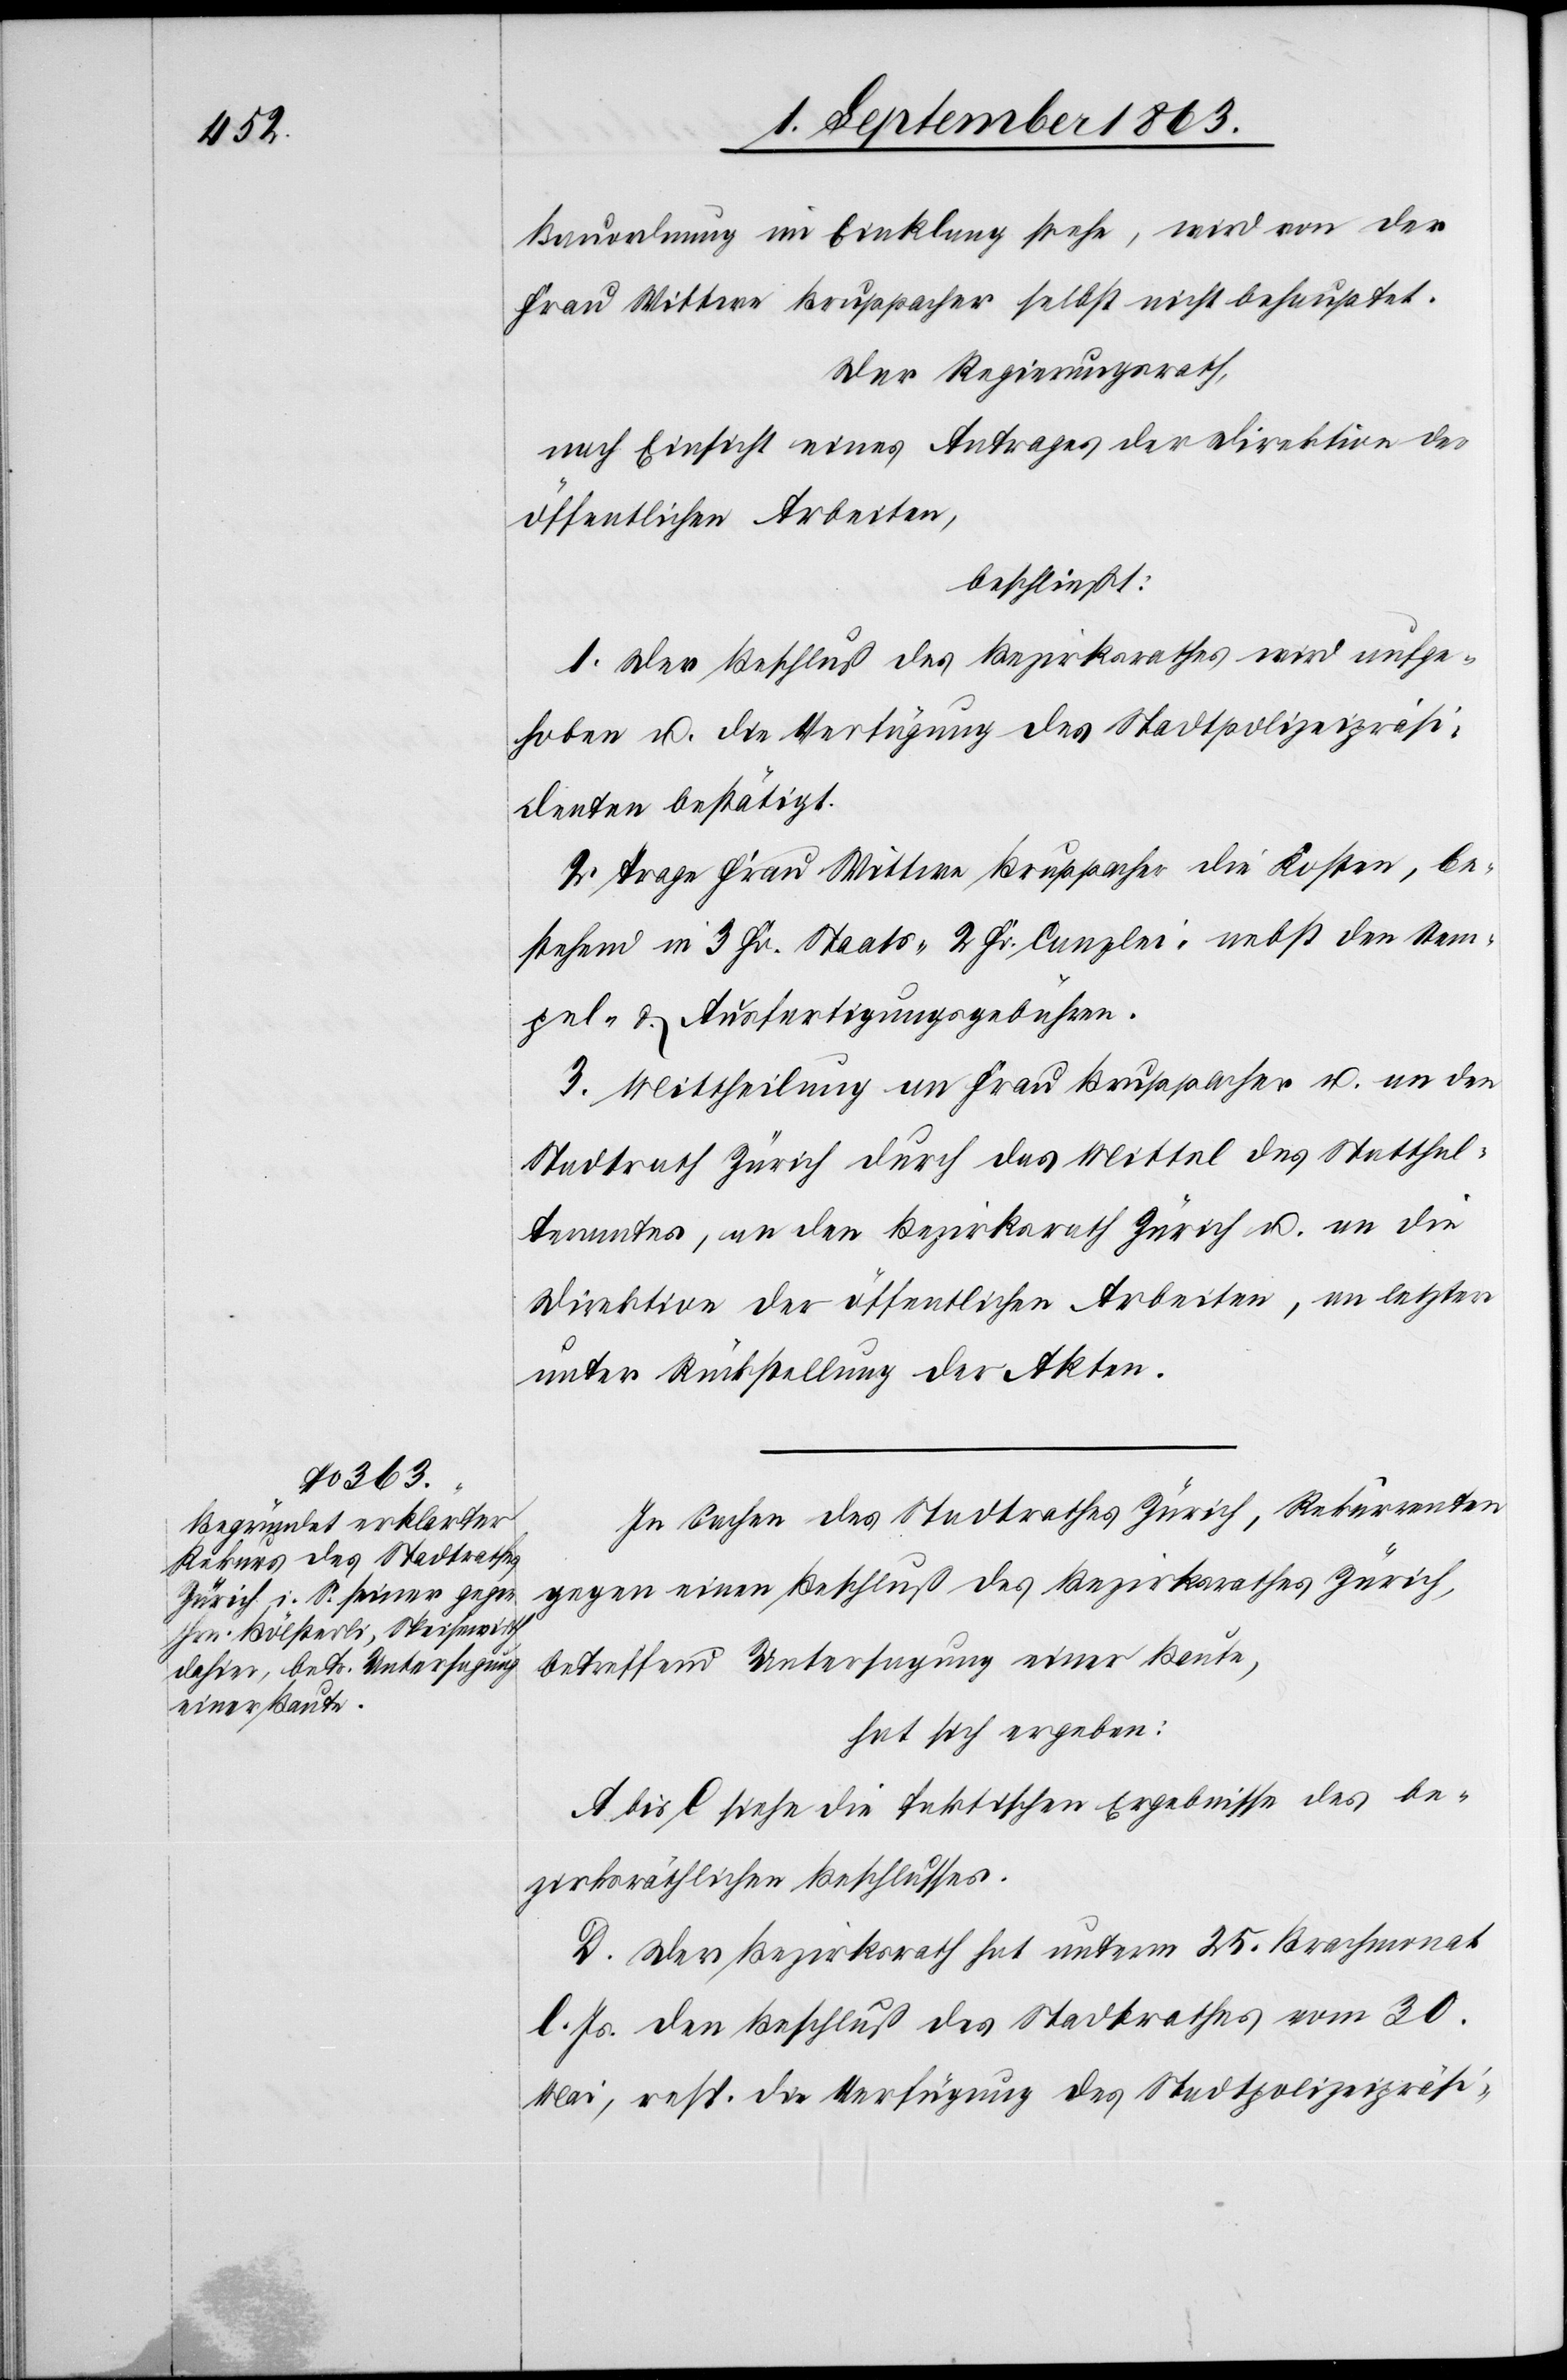
Bauordnung im Einklang stehe, wird von der
Frau Wittwe Bruppacher selbst nicht behauptet.
Der Regierungsrath,
nach Einsicht eines Antrages der Direktion der
öffentlichen Arbeiten,
beschließt:
1. Der Beschluß des Bezirksrathes wird aufge¬
hoben u. die Verfügung des Stadtpolizeipräsi¬
denten bestätigt.
2. Trage Frau Wittwe Bruppacher die Kosten, be¬
stehend in 3 Fr. Staats-[,] 2 Fr. Canzlei- nebst den Stem¬
pel- & Ausfertigungsgebühren.
3. Mittheilung an Frau Bruppacher u. an den
Stadtrath Zürich durch das Mittel des Statthal¬
teramtes, an den Bezirksrath Zürich u. an die
Direktion der öffentlichen Arbeiten, an letztere
unter Rückstellung der Akten.
In Sachen des Stadtrathes Zürich, Rekurrenten
gegen einen Beschluß des Bezirksrathes Zürich,
betreffend Untersagung einer Baute,
hat sich ergeben:
A bis C siehe die faktischen Ergebnisse des be¬
zirksräthlichen Beschlusses.
D. Der Bezirksrath hat unterm 25. Brachmonat
l. Js. den Beschluß des Stadtrathes vom 30.
Mai, resp. die Verfügung des Stadtpolizeipräsi-